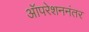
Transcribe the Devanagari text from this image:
ऑपरेशननंतर